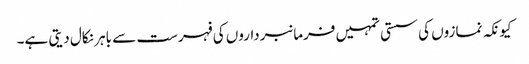
کیونکہ نمازوں کی سستی تمہیں فرمانبرداروں کی فہرست سے باہر نکال دیتی ہے۔